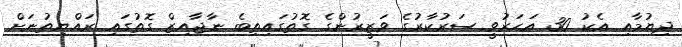
ދިޔުމާއި އެކު 30 އަހަރުވީ ސަރުކާރުގެ ވަޒީރުންގެ ގޮތުގައިތިބެ ނާޖާއިޒް ގޮތުގައި ރައްޔިތުނަށް